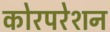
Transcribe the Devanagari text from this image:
कोरपरेशन